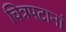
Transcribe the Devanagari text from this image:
चित्रपटानां